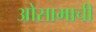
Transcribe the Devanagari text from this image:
ओसामाची